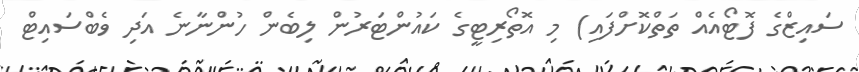
ސައިޒްގެ ފޮޓޯއެއް ތަތްކޮށްފައި) މި އޮތޯރިޓީގެ ކައުންޓަރުން ލިބެން ހުންނާނެ އަދި ވެބްސައިޓް